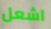
اشعل